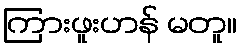
ကြားဖူးဟန် မတူ။